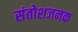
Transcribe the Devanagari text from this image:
संतोशजनक